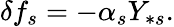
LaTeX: \delta f_{s}=-\alpha_{s}Y_{\ast s}.